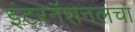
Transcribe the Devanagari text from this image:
इंटरनॅशनलचा